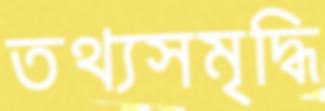
তথ্যসমৃদ্ধি